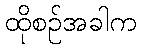
ထိုစဉ်အခါက